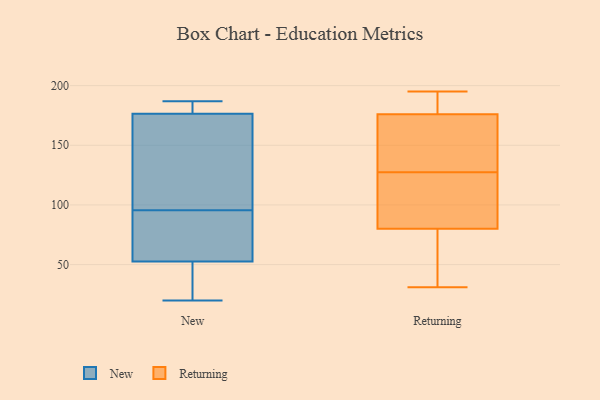
{"axis": {"x": "Budget (USD K)", "y": "Value"}, "legend": ["New", "Returning"], "data": [{"x": "", "y": 20, "type": "New"}, {"x": "", "y": 41, "type": "New"}, {"x": "", "y": 59, "type": "New"}, {"x": "", "y": 117, "type": "New"}, {"x": "", "y": 187, "type": "New"}, {"x": "", "y": 74, "type": "New"}, {"x": "", "y": 46, "type": "New"}, {"x": "", "y": 59, "type": "New"}, {"x": "", "y": 177, "type": "New"}, {"x": "", "y": 168, "type": "New"}, {"x": "", "y": 176, "type": "New"}, {"x": "", "y": 179, "type": "New"}, {"x": "", "y": 31, "type": "Returning"}, {"x": "", "y": 80, "type": "Returning"}, {"x": "", "y": 195, "type": "Returning"}, {"x": "", "y": 178, "type": "Returning"}, {"x": "", "y": 176, "type": "Returning"}, {"x": "", "y": 38, "type": "Returning"}, {"x": "", "y": 128, "type": "Returning"}, {"x": "", "y": 118, "type": "Returning"}, {"x": "", "y": 155, "type": "Returning"}, {"x": "", "y": 127, "type": "Returning"}, {"x": "", "y": 164, "type": "Returning"}, {"x": "", "y": 193, "type": "Returning"}, {"x": "", "y": 54, "type": "Returning"}, {"x": "", "y": 110, "type": "Returning"}]}